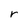
Character: r